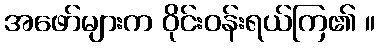
အဖော်များက ဝိုင်းဝန်းရယ်ကြ၏ ။